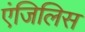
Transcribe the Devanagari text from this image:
एंजिलिस